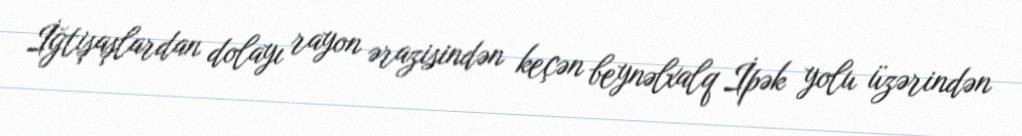
İğtişaşlardan dolayı rayon ərazisindən keçən beynəlxalq İpək yolu üzərindən